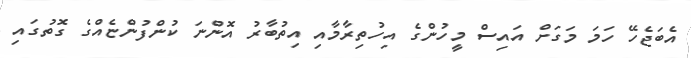
އެބަޖެހޭ ހަމަ މަގަށް އައިސް މީހުންގެ އިހުތިރާމާއި އިތުބާރު އޮންނަ ކުންފުންޏެއްގެ ގޮތުގައި